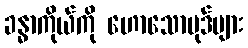
ခန္ဓာကိုယ်ကို ဟောသောပုဒ်များ